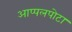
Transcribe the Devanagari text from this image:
आप्पलपोटा